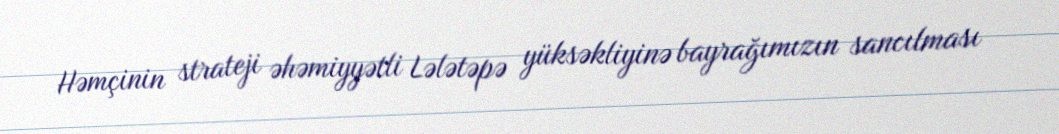
Həmçinin strateji əhəmiyyətli Lələtəpə yüksəkliyinə bayrağımızın sancılması